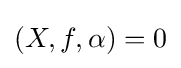
(X,f,\alpha )=0